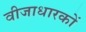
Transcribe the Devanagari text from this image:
वीजाधारकों